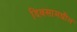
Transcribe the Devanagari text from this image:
दिवसामधील